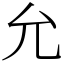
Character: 允